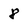
Character: 8